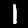
Digit: 1